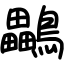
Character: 鸓